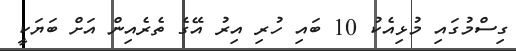
ގިސްމުގައި މުޅިއެކު 10 ބައި ހުރި އިރު އޭގެ ތެރެއިން އަށް ބަޔަކީ